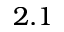
2 . 1